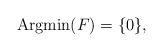
LaTeX: \begin{align*}{\rm Argmin}(F)=\{0\},\end{align*}